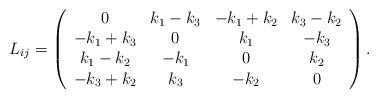
LaTeX: \begin{align*}L_{ij}=\left(\begin{array}{cccc}0 & k_{1}-k_{3} & -k_{1}+k_{2} & k_{3}-k_{2} \\-k_{1}+k_{3} & 0 & k_{1} & -k_{3} \\k_{1}-k_{2} & -k_{1} & 0 & k_{2} \\-k_{3}+k_{2} & k_{3} & -k_{2} & 0\end{array}\right) .\end{align*}